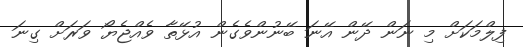
ފިލްމަކަށް މި ނަން ދޭން އޭނަ ބޭނުންވެގެން އުޅޭތާ ވެއްޖެޔޯ ވަރަށް ގިނަ